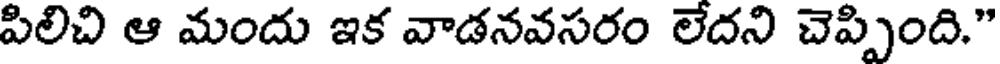
పిలిచి ఆ మందు ఇక వాడనవసరం లేదని చెప్పింది."